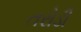
તરોડી